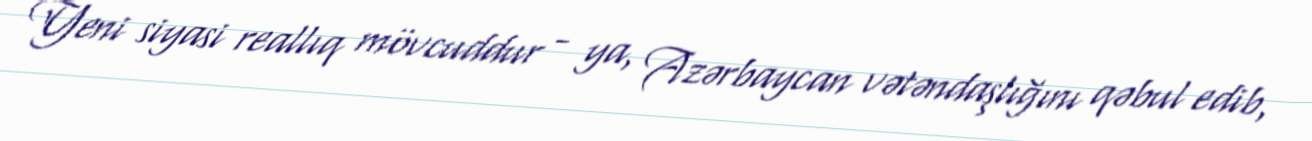
Yeni siyasi reallıq mövcuddur - ya, Azərbaycan vətəndaşlığını qəbul edib,